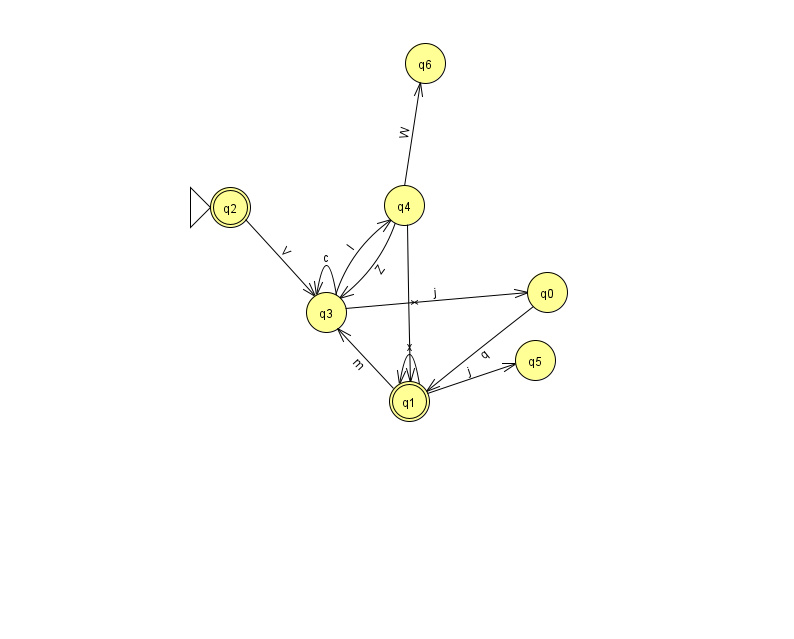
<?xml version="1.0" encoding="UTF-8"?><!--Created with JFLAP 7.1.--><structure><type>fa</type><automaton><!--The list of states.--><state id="0" name="q0"><x>547.0</x><y>279.0</y></state><state id="1" name="q1"><x>409.0</x><y>388.0</y><final/></state><state id="2" name="q2"><x>230.0</x><y>194.0</y><initial/><final/></state><state id="3" name="q3"><x>326.0</x><y>299.0</y></state><state id="4" name="q4"><x>404.0</x><y>192.0</y></state><state id="5" name="q5"><x>535.0</x><y>347.0</y></state><state id="6" name="q6"><x>425.0</x><y>50.0</y></state><!--The list of transitions.--><transition><from>4</from><to>3</to><read>Z</read></transition><transition><from>2</from><to>3</to><read>V</read></transition><transition><from>3</from><to>3</to><read>c</read></transition><transition><from>0</from><to>1</to><read>q</read></transition><transition><from>1</from><to>5</to><read>j</read></transition><transition><from>3</from><to>0</to><read>j</read></transition><transition><from>3</from><to>4</to><read>l</read></transition><transition><from>1</from><to>3</to><read>m</read></transition><transition><from>1</from><to>1</to><read>x</read></transition><transition><from>4</from><to>1</to><read>x</read></transition><transition><from>4</from><to>6</to><read>W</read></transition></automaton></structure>